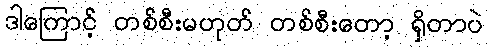
ဒါကြောင့် တစ်စီးမဟုတ် တစ်စီးတော့ ရှိတာပဲ